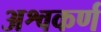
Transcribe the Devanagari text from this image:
अश्वकर्ण